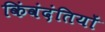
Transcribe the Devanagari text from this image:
किंवंदंतियों